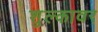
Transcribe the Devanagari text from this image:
शुल्कावर